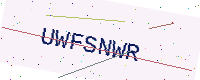
Text: UWFSNWR